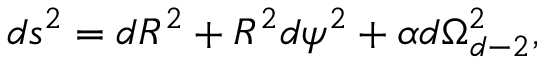
d s ^ { 2 } = d R ^ { 2 } + R ^ { 2 } d \psi ^ { 2 } + \alpha d \Omega _ { d - 2 } ^ { 2 } ,